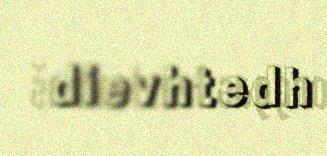
dievhtedh